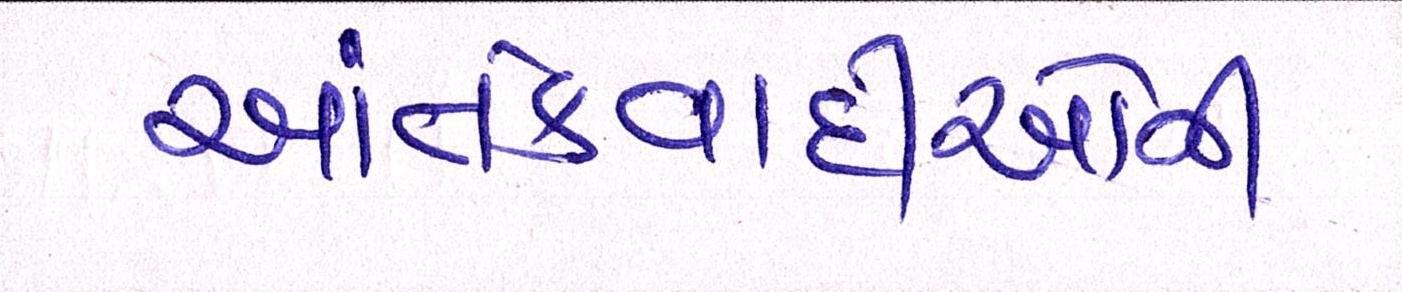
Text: આતંકવાદીઓની